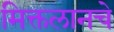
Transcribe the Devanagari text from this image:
मिक्तलानचे